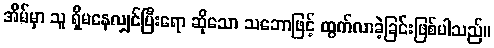
အိမ်မှာ သူ ရှိမနေလျှင်ပြီးရော ဆိုသော သဘောဖြင့် ထွက်လာခဲ့ခြင်းဖြစ်ပါသည်။